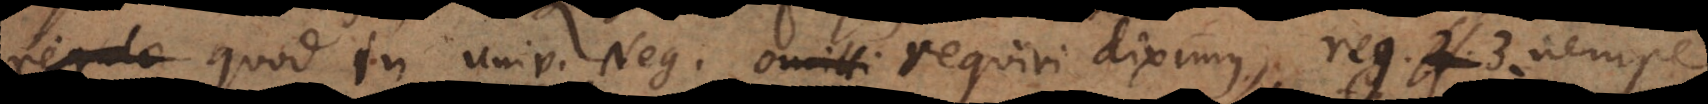
regula quod in Universali Negativa requiri diximus, reg. 3. nempe